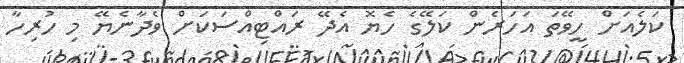
ކަލެއަށް ހީވޭތަ އަހަރެން ކަލޭގެ ހެޔޮ އެދޭ ރައްޓިއްސަކަށް ވެދާނެޔޭ މި ހުރިހާ